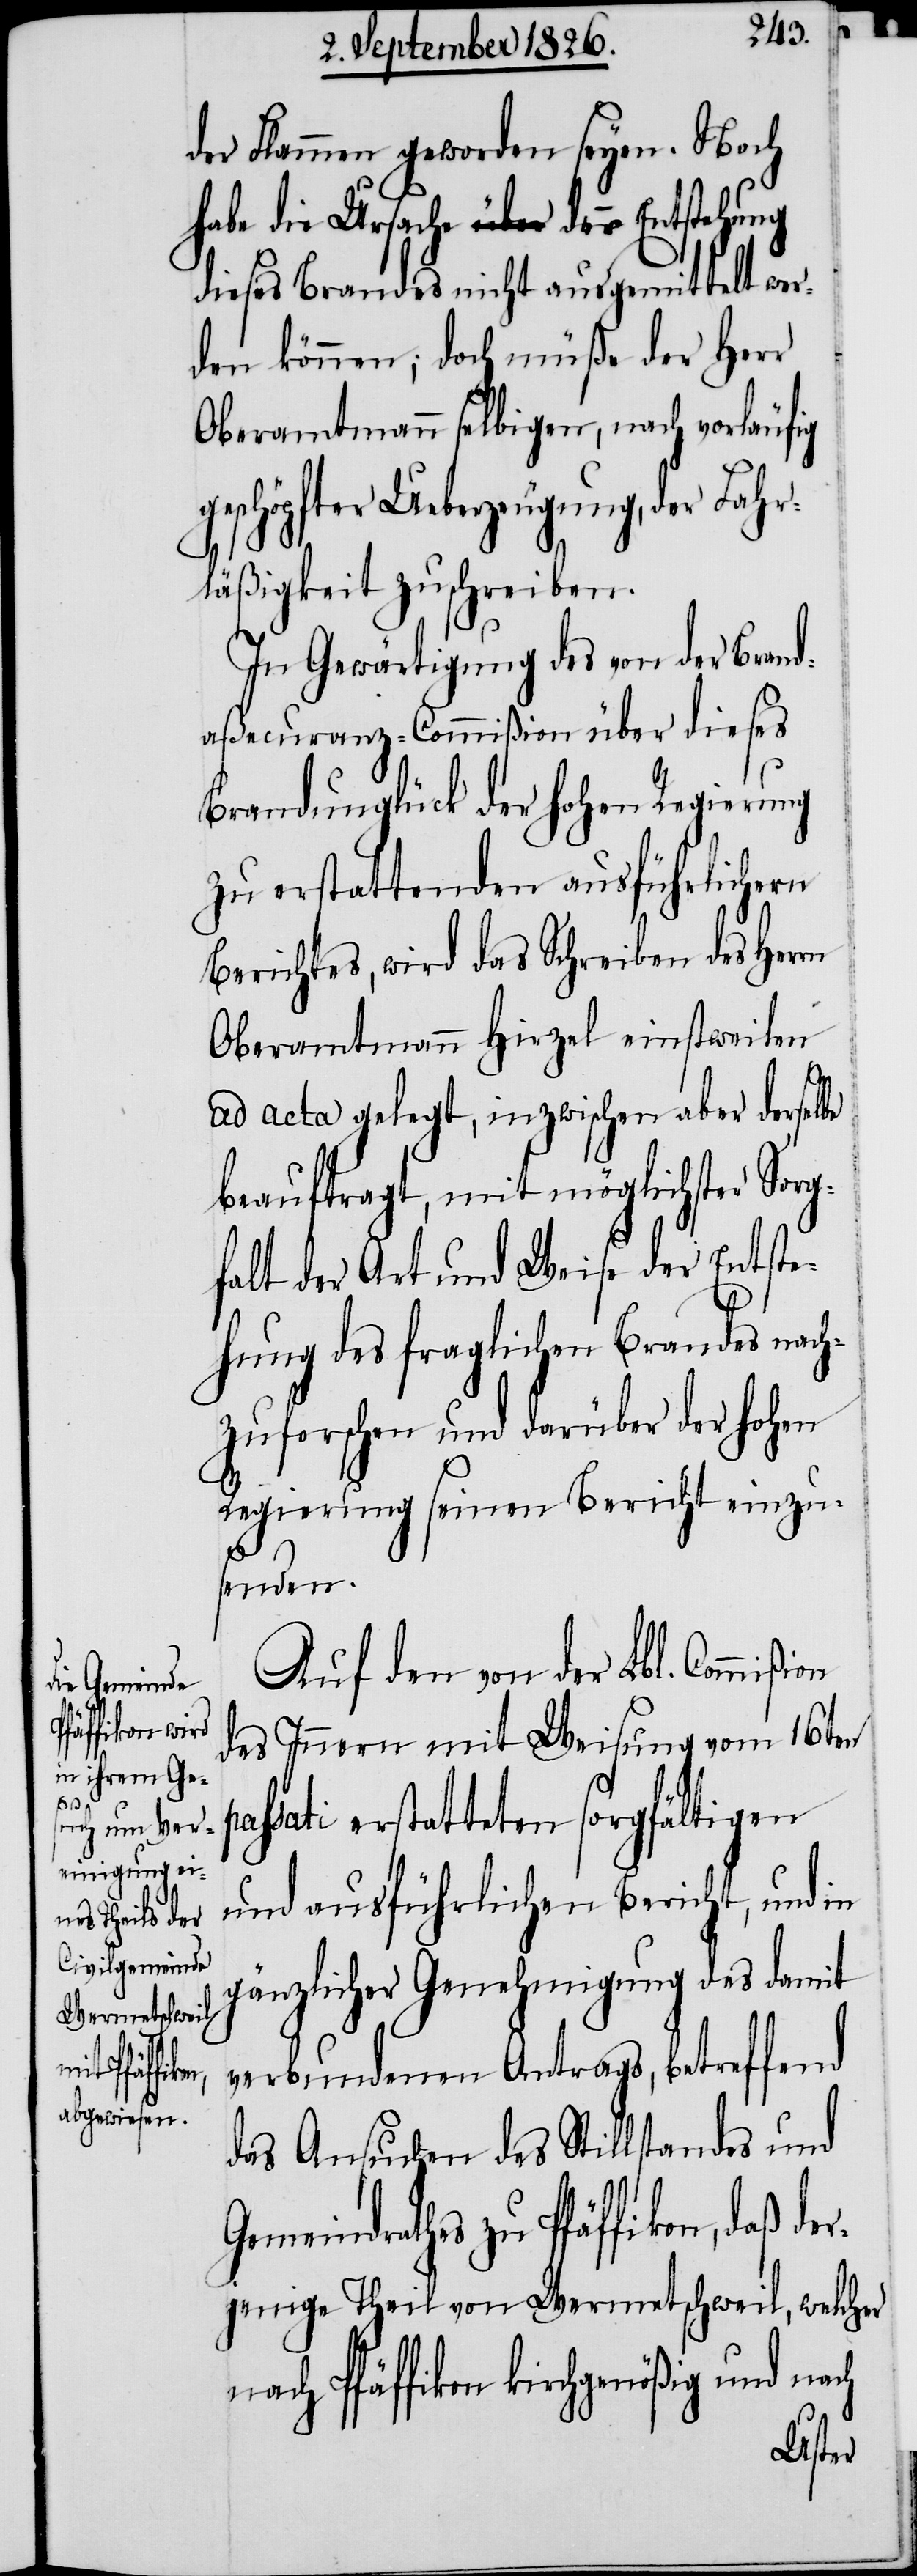
der Flammen geworden seyen. Noch
habe die Ursache der Entstehung
dieses Brandes nicht ausgemittelt wer¬
den können; doch müße der Herr
Oberamtmann selbigen, nach vorläufig
eschöpfter Ueberzeugung, der Fahr¬
läßigkeit zuschreiben.
In Gewärtigung des von der Brand¬
aßecuranz-Commißion über dieses
Brandunglück der hohen Regierung
zu erstattenden ausführlichern
Berichtes, wird das Schreiben des Herrn
Oberamtmann Hirzel einstweilen
ad acta gelegt, inzwischen aber derselbe
beauftragt, mit möglichster Sorg¬
falt der Art und Weise der Entste¬
hung des fraglichen Brandes nach¬
zuforschen und darüber der hohen
Regierung seinen Bericht einzu¬
senden.
Auf den von der Lbl. Commißi¬
des Innern mit Weisung vom 16ten
sati erstatteten sorgfältigen
und ausführlichen Bericht, und in
gänzlicher Genehmigung des damit
verbundenen Antrags, betreffend
das Ansuchen des Stillstandes und
Gemeindrathes zu Pfäffikon, daß de¬
rjenige Theil von Wermetschweil, welcher
nach Pfäffikon kirchgenößig und nach

pas¬